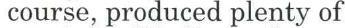
 course, produced plenty of